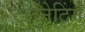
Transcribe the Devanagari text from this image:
टलनेटिंग